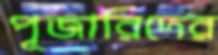
পূজারিদের